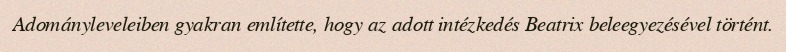
Adományleveleiben gyakran említette, hogy az adott intézkedés Beatrix beleegyezésével történt.